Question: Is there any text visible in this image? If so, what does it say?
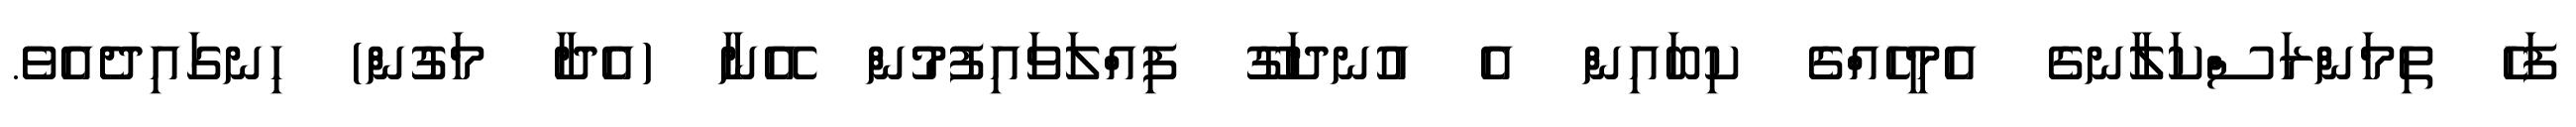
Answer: ފަހެ ތިމަންރަސްކަލާނގެ އެމީހެއްގެ ކިބައިން އެ އުނދަގޫ ފިއްލަވައިފުމުން އޭނާ (އެދާ މަގުން) ހިނގައިދެއެވެ.